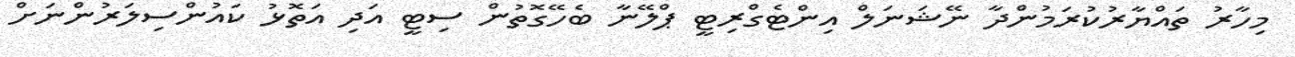
މިހާރު ތައްޔާރުކުރަމުންދާ ނޭޝަނަލް އިންޓެގްރިޓީ ޕްލޭނާ ބެހޭގޮތުން ސިޓީ އަދި އަތޮޅު ކައުންސިލަރުންނަށް